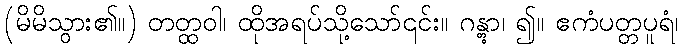
(မိမိသွား၏။) တတ္ထဝါ၊ ထိုအရပ်သို့သော်၎င်း။ ဂန္တွာ၊ ၍။ ဧကံပတ္တပူရံ၊